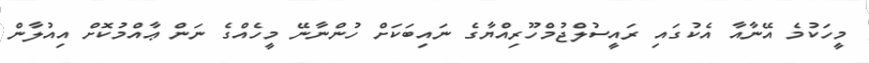
މީހަކުމެ އޭނާއާ އެކުގައި ރައީސުލްޖުމްހޫރިއްޔާގެ ނައިބަކަށް ހުންނާނޭ މީހެއްގެ ނަން ޢާއްމުކޮށް އިއުލާން